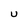
Character: U